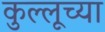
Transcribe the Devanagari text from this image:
कुल्लूच्या